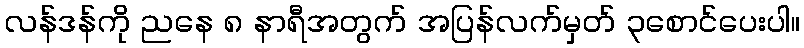
လန်ဒန်ကို ညနေ ၈ နာရီအတွက် အပြန်လက်မှတ် ၃စောင်ပေးပါ။